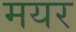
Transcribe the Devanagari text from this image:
मयर